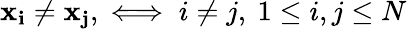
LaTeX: \mathbf{x_{i}}\neq\mathbf{x_{j}},\iff i\neq j,\ 1\leq i,j\leq N